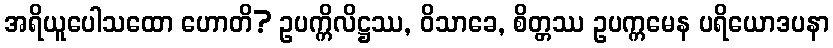
အရိယူပေါသထော ဟောတိ? ဥပက္ကိလိဋ္ဌဿ, ဝိသာခေ, စိတ္တဿ ဥပက္ကမေန ပရိယောဒပနာ